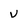
Character: v